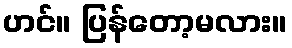
ဟင်။ ပြန်တော့မလား။